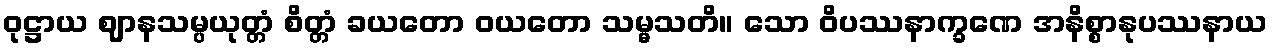
ဝုဋ္ဌာယ ဈာနသမ္ပယုတ္တံ စိတ္တံ ခယတော ဝယတော သမ္မသတိ။ သော ဝိပဿနာက္ခဏေ အနိစ္စာနုပဿနာယ